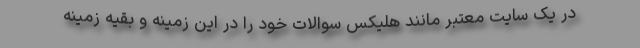
در یک سایت معتبر مانند هلیکس سوالات خود را در این زمینه و بقیه زمینه